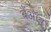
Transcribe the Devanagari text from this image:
बैंऑब